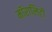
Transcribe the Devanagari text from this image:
मॉरालिटी